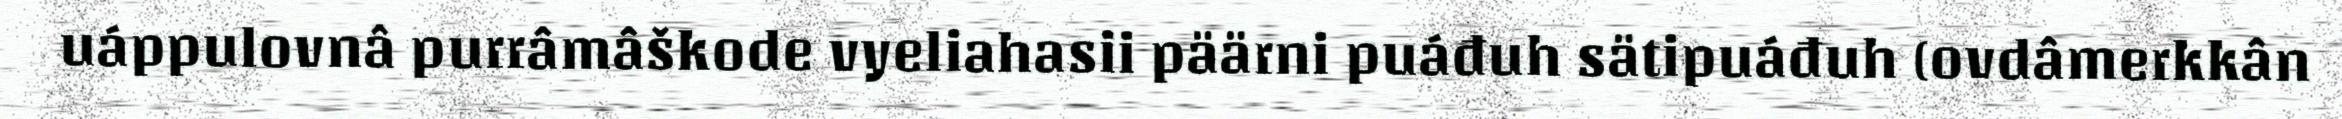
uáppulovnâ purrâmâškode vyeliahasii päärni puáđuh sätipuáđuh (ovdâmerkkân